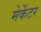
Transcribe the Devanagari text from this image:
मेर्केटर